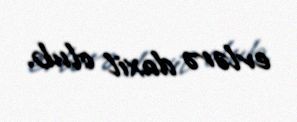
evlərə daxil olub.